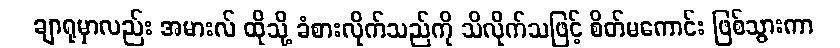
ချာရုမှာလည်း အမားလ် ထိုသို့ ခံစားလိုက်သည်ကို သိလိုက်သဖြင့် စိတ်မကောင်း ဖြစ်သွားကာ